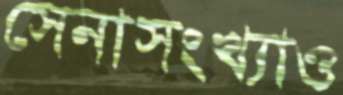
সেনাসংখ্যাও